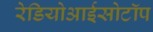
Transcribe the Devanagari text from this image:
रेडियोआईसोटॉप